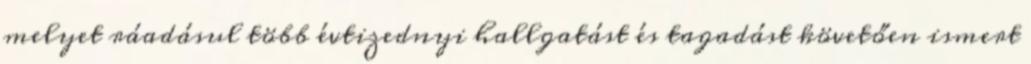
melyet ráadásul több évtizednyi hallgatást és tagadást követően ismert